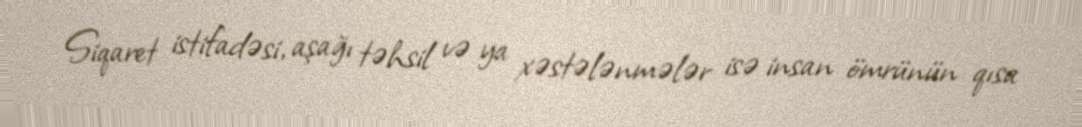
Siqaret istifadəsi, aşağı təhsil və ya xəstələnmələr isə insan ömrünün qısa